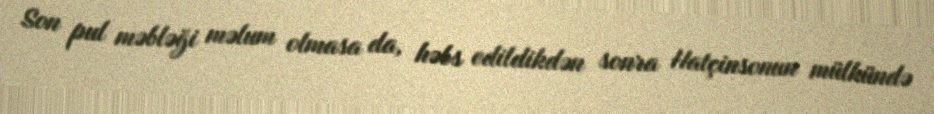
Son pul məbləği məlum olmasa da, həbs edildikdən sonra Hatçinsonun mülkündə